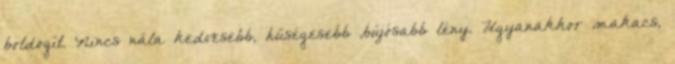
boldogít. Nincs nála kedvesebb, hűségesebb ,bújósabb lény. Ugyanakkor makacs,